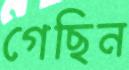
গেছিন